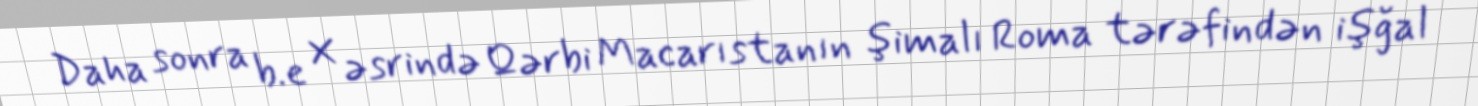
Daha sonra b.e X əsrində Qərbi Macarıstanın şimalı Roma tərəfindən işğal